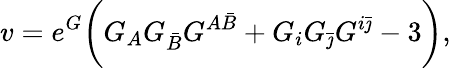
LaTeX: v=e^{G}\biggl(G_{A}G_{\bar{B}}G^{A\bar{B}}+G_{i}G_{\bar{\jmath}}G^{i\bar{\jmath}}-3\biggr),